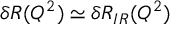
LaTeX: \delta R ( Q ^ { 2 } ) \simeq \delta R _ { I R } ( Q ^ { 2 } )